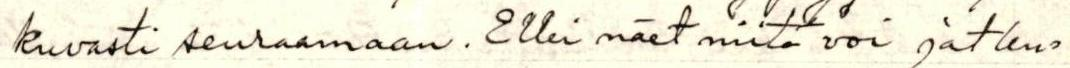
kuvasti seuraamaan. Ellei näet niitä voi jatku=